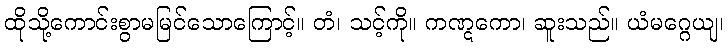
ထိုသို့ကောင်းစွာမမြင်သောကြောင့်။ တံ၊ သင့်ကို။ ကဏ္ဋကော၊ ဆူးသည်။ ယံမဂ္ဂေယျ၊